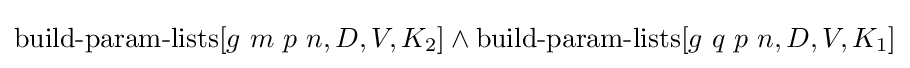
\operatorname {build-param-lists} [g\ m\ p\ n,D,V,K_{2}]\land \operatorname {build-param-lists} [g\ q\ p\ n,D,V,K_{1}]